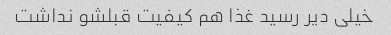
خیلی دیر رسید غذا هم کیفیت قبلشو نداشت